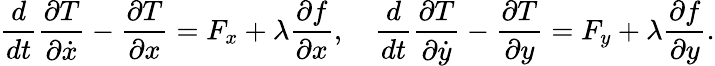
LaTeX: {\frac{d}{dt}}{\frac{\partial T}{\partial{\dot{x}}}}-{\frac{\partial T}{\partial x}}=F_{x}+\lambda{\frac{\partial f}{\partial x}},\quad{\frac{d}{dt}}{\frac{\partial T}{\partial{\dot{y}}}}-{\frac{\partial T}{\partial y}}=F_{y}+\lambda{\frac{\partial f}{\partial y}}.